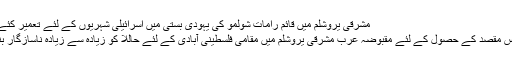
مشرقی یروشلم میں قائم رامات شولمو کی یہودی بستی میں اسرائیلی شہریوں کے لئے تعمیر کئے گئے مکانات
اسرائیل اپنے اس مقصد کے حصول کے لئے مقبوضہ عرب مشرقی یروشلم می‍ں مقامی فلسطینی آبادی کے لئے حالات کو زیادہ سے زیادہ ناسازگار بناتا جا رہا ہے۔